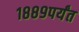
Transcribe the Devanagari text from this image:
१८८९पर्यंत